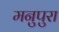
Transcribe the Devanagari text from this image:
मनुपुरा